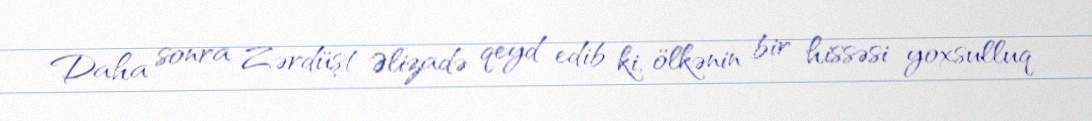
Daha sonra Zərdüşt Əlizadə qeyd edib ki, ölkənin bir hissəsi yoxsulluq